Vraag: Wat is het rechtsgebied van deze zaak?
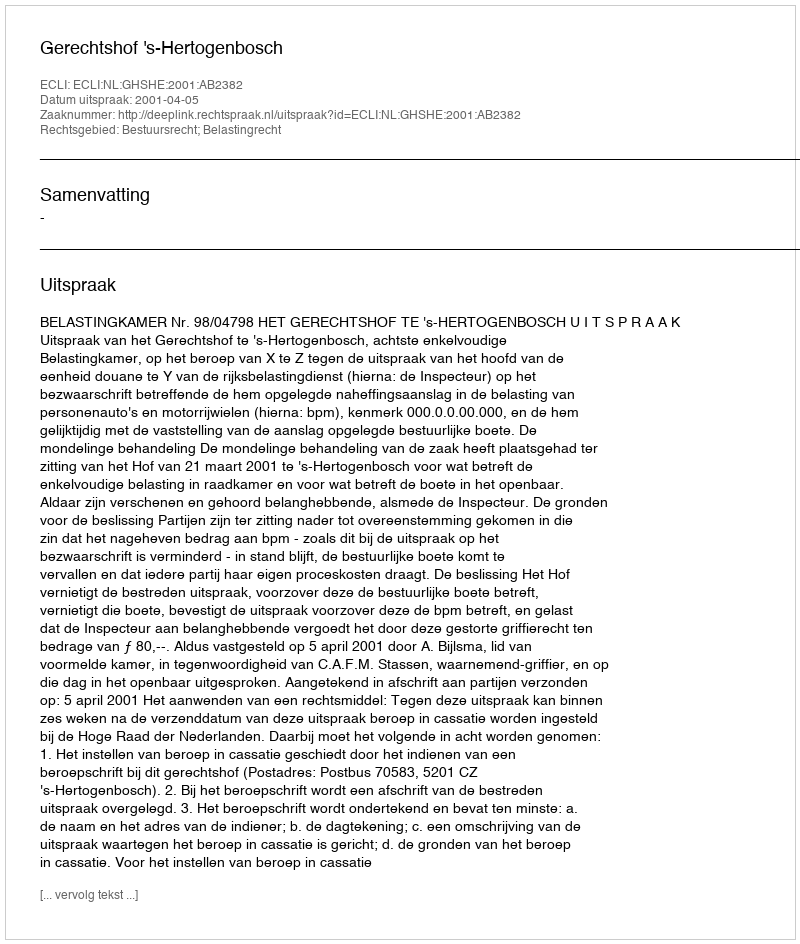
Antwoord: Bestuursrecht; Belastingrecht